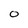
Character: o